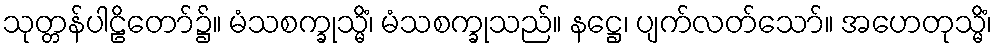
သုတ္တန်ပါဠိတော်၌။ မံသစက္ခုသ္မိံ၊ မံသစက္ခုသည်။ နဋ္ဌေ၊ ပျက်လတ်သော်။ အဟေတုသ္မိံ၊